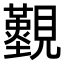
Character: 𧢚